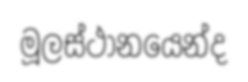
මූලස්ථානයෙන්ද